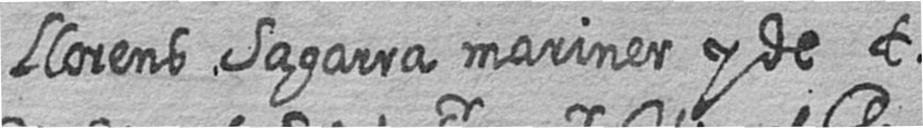
Llorens Sagarra mariner y de t